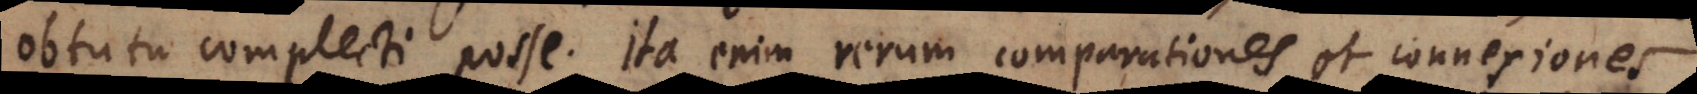
obtutu complecti posse.Ita enim rerum comparationes et connexiones